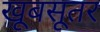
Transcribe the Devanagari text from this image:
खूबसूतर